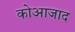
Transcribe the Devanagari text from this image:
कोआजाद